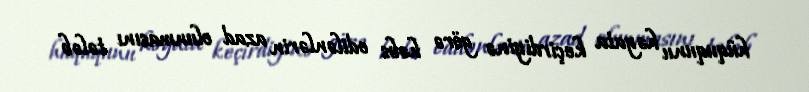
hüququnu həyata keçirdiyinə görə həbs edilənlərin azad olunmasını tələb